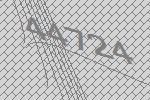
44724